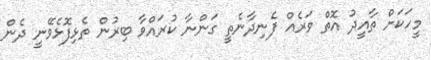
މީހަކަށް ތާއީދު އޮތް ވަރެއް ފެނިދާނެތީ ގަންނާ ކުރައްވާ ބިރުން ތެޅިފޮޅެވޭނީ ދެން